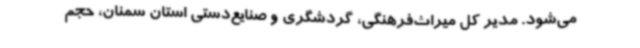
می‌شود. مدیر کل میراث‌فرهنگی، گردشگری و صنایع‌دستی استان سمنان، حجم